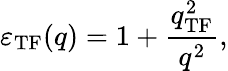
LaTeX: \varepsilon_{\mathrm{TF}}(q)=1+\frac{q_{\mathrm{TF}}^{2}}{q^{2}},